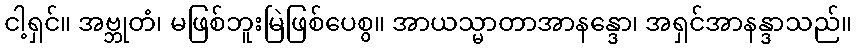
ငါ့ရှင်။ အဗ္ဘုတံ၊ မဖြစ်ဘူးမြဲဖြစ်ပေစွ။ အာယသ္မာတာအာနန္ဒော၊ အရှင်အာနန္ဒာသည်။